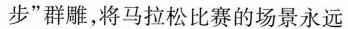
步”群雕，将马拉松比赛的场景永远